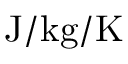
\mathrm { J / k g / K }